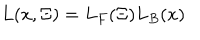
L ( x , \Xi ) = L _ { F } ( \Xi ) L _ { B } ( x )